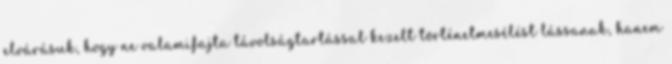
elvárásuk, hogy ne valamifajta távolságtartással kezelt történetmesélést lássanak, hanem